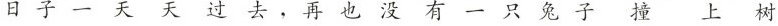
日子一天天过去，再也没有一只兔子撞上树